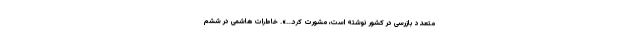
متعدد بازرسى در كشور نوشته است، مشورت ‌كرد...». خاطرات هاشمی در ششم